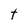
Character: t